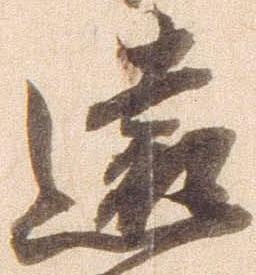
遠